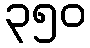
၃၅၀